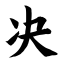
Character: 决